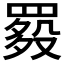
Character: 𦋲